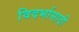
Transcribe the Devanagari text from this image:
विदर्भासाठी